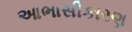
આભાસીકારણ